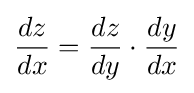
{\frac {dz}{dx}}={\frac {dz}{dy}}\cdot {\frac {dy}{dx}}